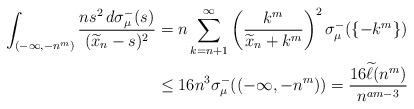
LaTeX: \begin{align*}\int_{(-\infty,-n^m)}\frac{ns^{2}\,d\sigma_{\mu}^{-}(s)}{(\widetilde{x}_n-s)^{2}}&=n\sum_{k=n+1}^\infty\left(\frac{k^m}{\widetilde{x}_n+k^m}\right)^2\sigma_\mu^-(\{-k^m\}) \\&\leq16n^3\sigma_\mu^-((-\infty,-n^m))=\frac{16\widetilde{\ell}(n^m)}{n^{am-3}}\end{align*}